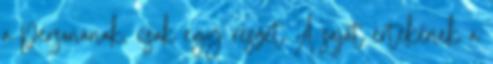
a personának, csak egy részét A saját értékének a